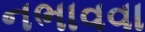
નભાવવા